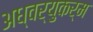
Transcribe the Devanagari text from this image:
अध्वर्युकर्म